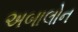
અબાલોન